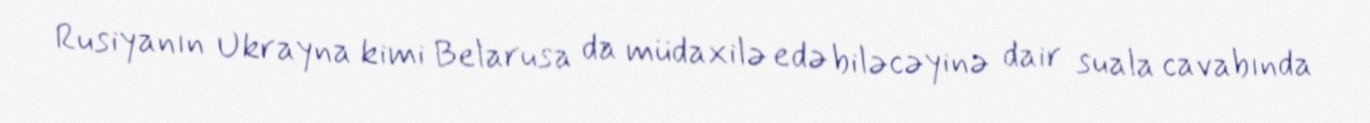
Rusiyanın Ukrayna kimi Belarusa da müdaxilə edə biləcəyinə dair suala cavabında